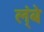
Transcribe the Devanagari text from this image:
ल्ंबे